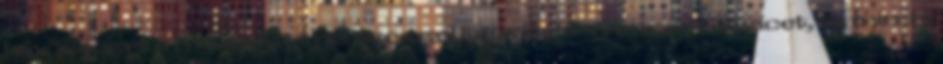
hűvösségét a franciás kimértséggel képviselő Wenger-magicet, és mind a